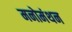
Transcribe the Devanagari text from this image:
मनोमंथन